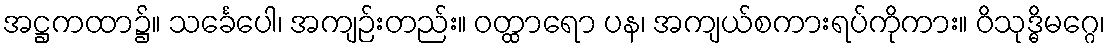
အဋ္ဌကထာ၌။ သင်္ခေပေါ၊ အကျဉ်းတည်း။ ဝတ္ထာရော ပန၊ အကျယ်စကားရပ်ကိုကား။ ဝိသုဒ္ဓိမဂ္ဂေ၊